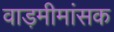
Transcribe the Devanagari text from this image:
वाड़मीमांसक